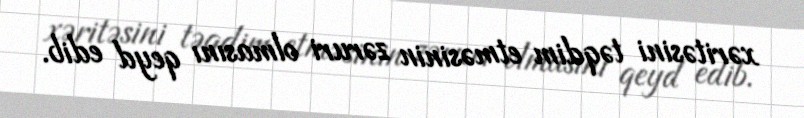
xəritəsini təqdim etməsinin zəruri olmasını qeyd edib.